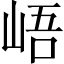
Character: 峿